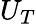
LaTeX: U_{T}